Burma Government Medical School reports 1907-22
Year: 1907
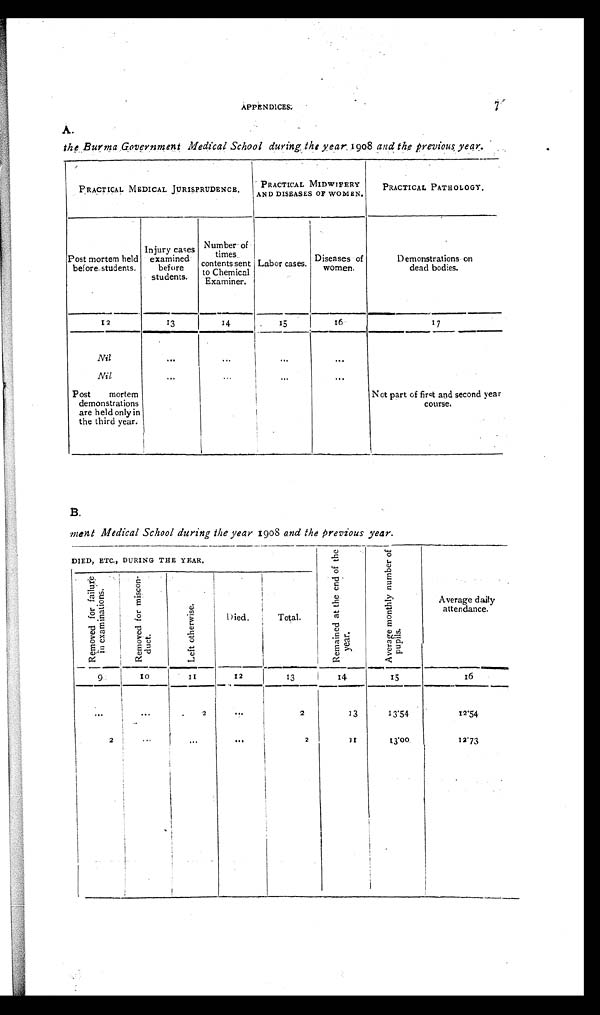
APPENDICES.
7
A.
the Burma Government Medical School during the year 1908 and the previous year.
P R A C T I C A L M E D I C A L J U R I S P R U D E N C E .
PRACTICAL MIDWIFERY
AND DISEASES OF WOMEN.
PRACTICAL PATHOLOGY.
Post mortem held
before students.
Injury cases
examined
before
students.
Number of
times
contents sent
to Chemical
Examiner.
Labor cases.
Diseases o f w o m e n .
Demonstrations on
dead bodies.
I2
13
1 4
15
16
17
Nil
. . .
. . .
. . .
. . .
Not part of first and second year
c o u r s e .
Nil
. . .
. . .
. . .
. . .
Post
mortem
demonstrations
are held only in
the third year.
B.
ment Medical School during the year 1908 and the previous year.
DIED, ETC., DURING THE YEAR.
R e m a i n e d a t t h e e n d o f t h e y e a r .
A v e r a g e m o n t h l y n u m b e r o f p u p i l s .
Average daily
attendance.
R e m o v e d f o r f a i l u r e i n e x a m i n a t i o n s .
R e m o v e d f o r m i s c o n d u c t .
L e f t o t h e r w i s e .
Died.
Total.
9
1 0
1 1
1 2
13
1 4
1 5
1 6
... ...
2
...
2
13
13.54
12.54
2
...
.
... ...
2
11
13.00
1 2 . 7 3
.